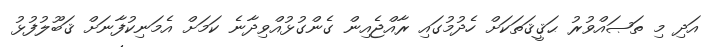
އަދި މި ތަޞައްވުރު ޙަޤީޤަތަކަށް ހެދުމުގައި ރާއްޖެއިން ގެންގުޅުއްވިދާނެ ކަމަށް އެމަނިކުފާނަށް ޤަބޫލުފުޅު